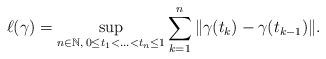
LaTeX: \begin{align*}\ell(\gamma)=\sup_{n \in \mathbb{N}, \, 0\le t_1<\ldots<t_n\le 1}\sum_{k=1}^n \|\gamma(t_k)-\gamma(t_{k-1})\|.\end{align*}